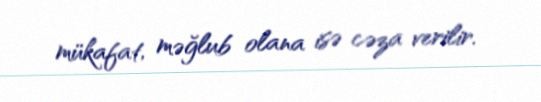
mükafat, məğlub olana isə cəza verilir.